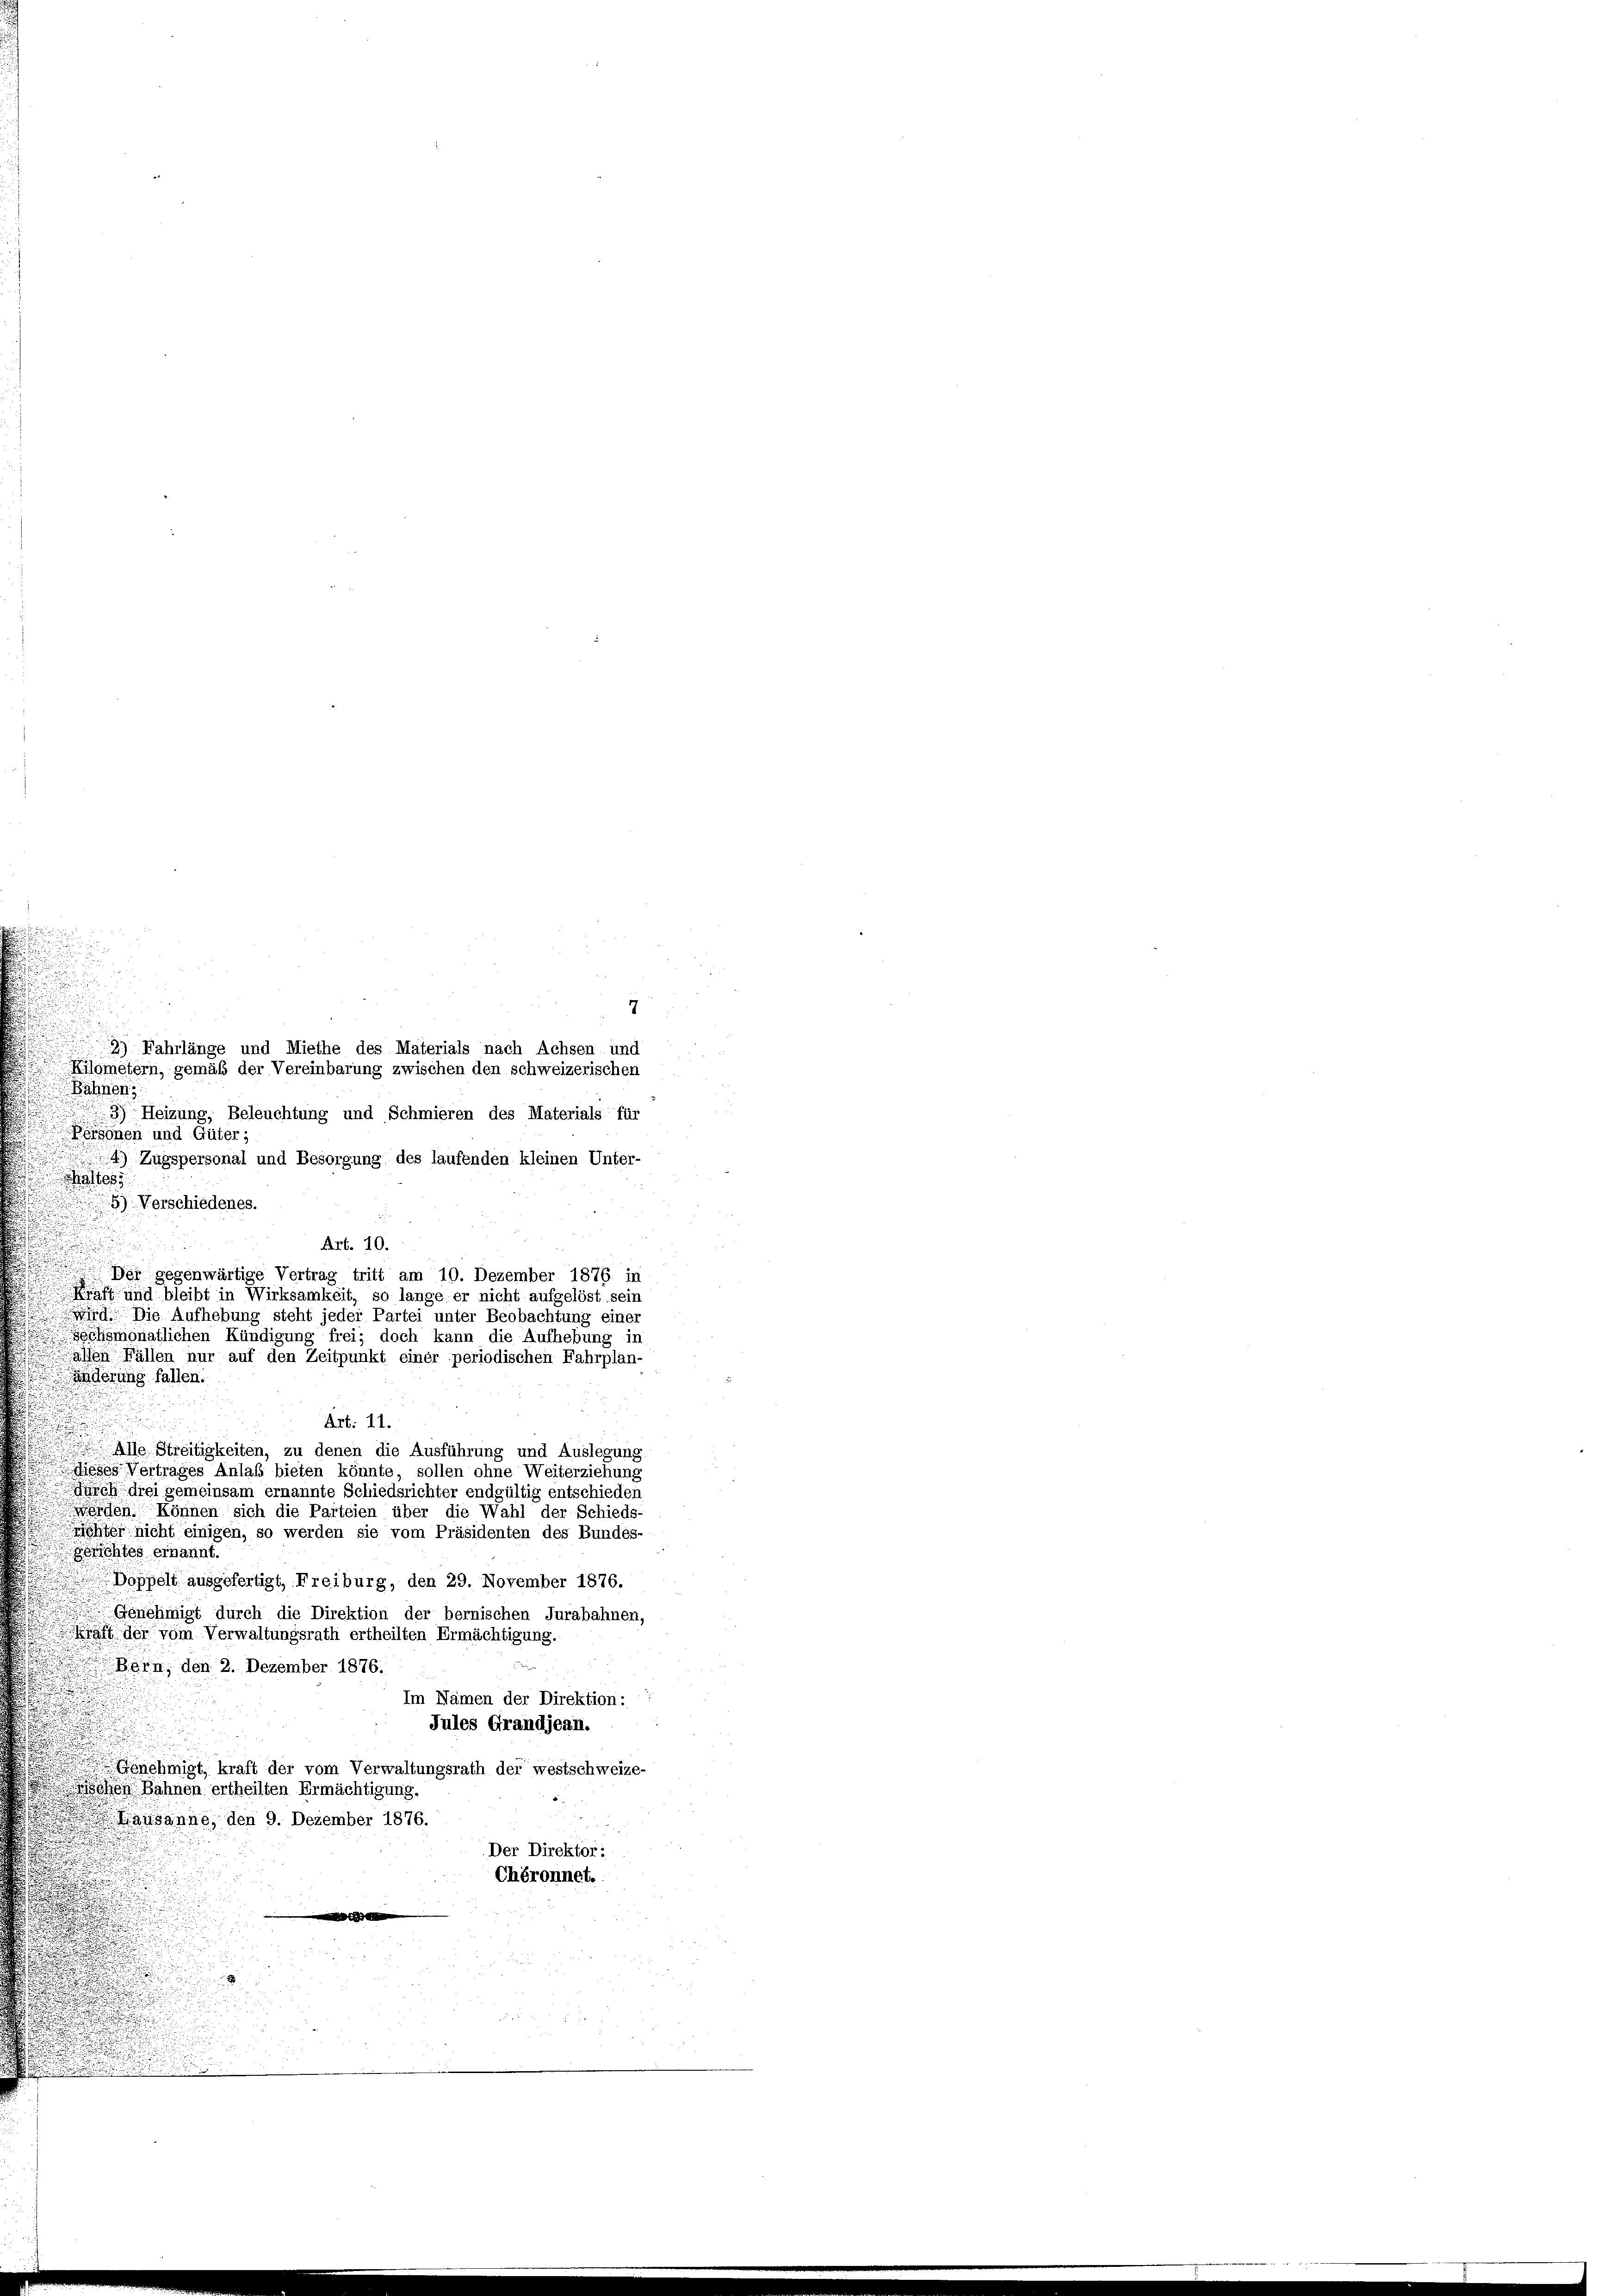
7
2) Fahrlänge und Miethe des Materials nach Achsen und
Kilometern, gemäß der Vereinbarung zwischen den schweizerischen
Bähnen;
3) Heizung, Beleuchtung und Schmieren des Materials für
Personen und Güter;
4) Zugspersonal und Besorgung des laufenden kleinen Unter-
ates
u
) Verschiedenes.
.
Art. 10.

eh gegenwärtige Vertrag tritt am 19. Dezember 1876 in
Kraft und bleibt in Wirksamkeit, so lange er nicht aufgelöst sein
wird. Die Aufhebung steht jeder Partei unter Beobachtung einer
schsmonatlichen Kündigung frei; doch kann die Aufhebung in
.
alten Fällen nur auf den Zeitpunkt einer periodischen Fahrplan-
Anderung fallen.
Art: 11.
Alle Streitigkeiten, zu denen die Ausführung und Auslegung
dieses Vertrages Anlaß bieten könnte, sollen ohne Weiterziehung
Jurch drei gemeinsam ernannte Schiedsrichter endgültig entschieden
werden können sich die Parteien über die Wahl der Schieds-
rchter nicht einigen, so werden sie vom Präsidenten des Bundes-
gerichtes ernannt.
Doppelt ausgefertigt, Freiburg, den 29. November 1876.
Genehmigt durch die Direktion der bernischen Jurabahnen,
Kraft der vom Verwaltungsrath ertheilten Ermächtigung.
 x
Bern, den 2. Dezember 1876.
Im Nämen der Direktion:
Jules Grandjean.
Genehmigt, kraft der vom Verwaltungsrath der westschweize-
ohen Bahnen ertheilten Ermächtigung.
Kausanne, den 9. Dezember 1876.
Der Direktor:
Chéronnet.